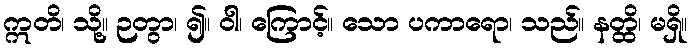
ဣတိ၊ သို့။ ဉတွာ၊ ၍။ ဝါ၊ ကြောင့်။ သော ပကာရော၊ သည်။ နတ္ထိ၊ မရှိ။